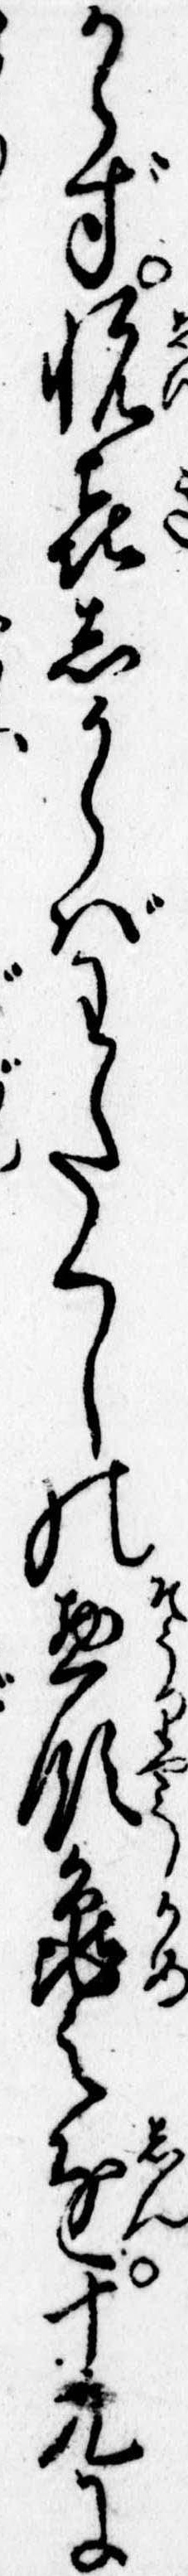
からず悦㐂しからばわたくしの惣領亀之進十九に